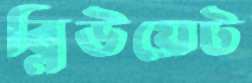
ব্লিউয়েট